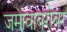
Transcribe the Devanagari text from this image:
जमावाबरोबर